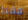
فقط